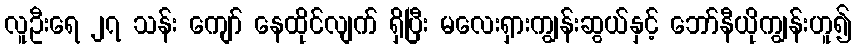
လူဦးရေ ၂၇ သန်း ကျော် နေထိုင်လျက် ရှိပြီး မလေးရှားကျွန်းဆွယ်နှင့် ဘော်နီယိုကျွန်းဟူ၍